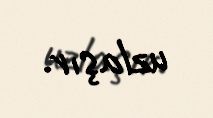
uzlaşır.